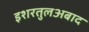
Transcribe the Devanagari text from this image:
इशरतुलअबाद